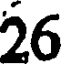
26